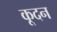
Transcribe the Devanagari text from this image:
कूदन